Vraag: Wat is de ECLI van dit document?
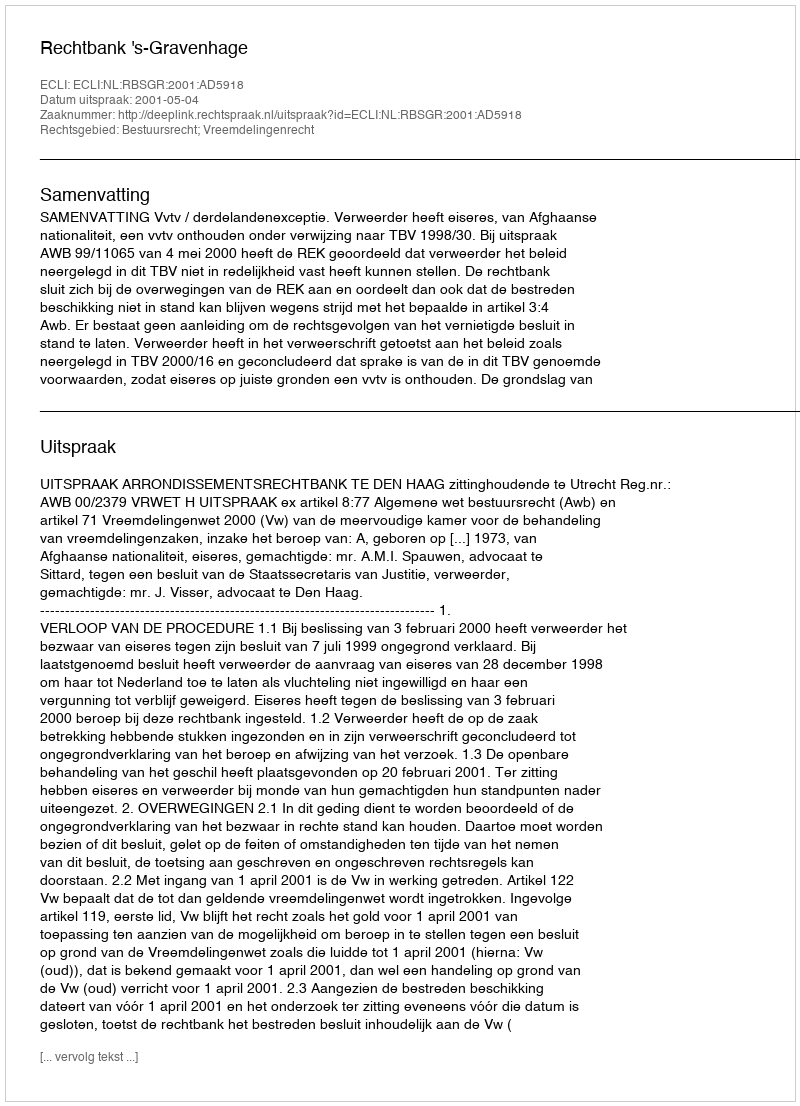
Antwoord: ECLI:NL:RBSGR:2001:AD5918